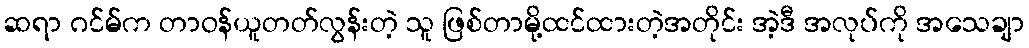
ဆရာ ဂင်မ်က တာဝန်ယူတတ်လွန်းတဲ့ သူ ဖြစ်တာမို့ထင်ထားတဲ့အတိုင်း အဲ့ဒီ အလုပ်ကို အသေချာ